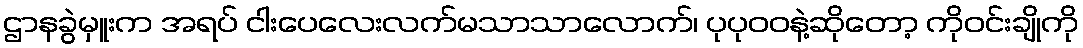
ဌာနခွဲမှူးက အရပ် ငါးပေလေးလက်မသာသာလောက်၊ ပုပုဝဝနဲ့ဆိုတော့ ကိုဝင်းချိုကို